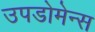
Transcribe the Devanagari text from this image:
उपडोमेन्स